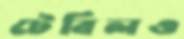
টেবিলও